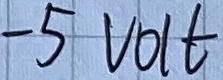
Text: -5VOLT